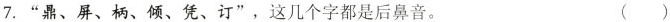
7.”鼎、屏、柄、倾、凭、订”，这几个字都是后鼻音。 ()